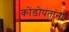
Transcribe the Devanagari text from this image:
कोंडोपंतांना